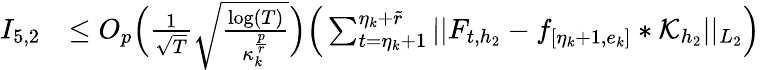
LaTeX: \begin{array}{rl}{I_{5,2}}&{\le O_{p}\Big(\frac{1}{\sqrt{T}}\sqrt{\frac{\log(T)}{\kappa_{k}^{\frac{p}{r}}}}\Big)\Big(\sum_{t=\eta_{k}+1}^{\eta_{k}+\widetilde{r}}\vert\vert F_{t,{h_{2}}}-f_{[\eta_{k}+1,e_{k}]}\ast\mathcal{K}_{{h_{2}}}\vert\vert_{L_{2}}\Big)}\end{array}